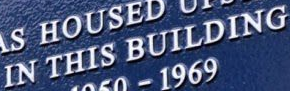
IN THIS BUILDING